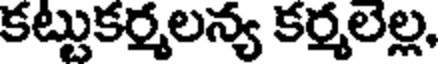
కట్టుకర్మలన్య కర్మలల్ల,